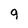
Character: 9